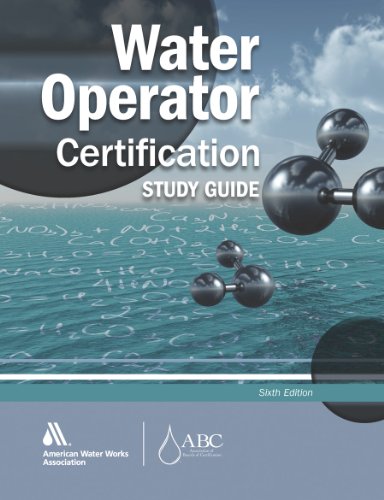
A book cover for Water Operator Certification Study Guide: A Guide to Preparing for Water Treatment and Distribution Operator Certification Exams; John Giorgi; Test Preparation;